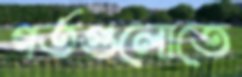
গর্তগুলোতে